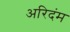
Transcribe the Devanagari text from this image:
अरिदंम